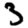
Digit: 3